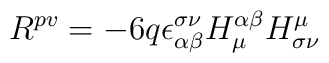
R^{pv} = -6q\epsilon_{\alpha\beta}^{\sigma\nu} H_{\mu}^{\alpha\beta} H_{\sigma\nu}^{\mu}